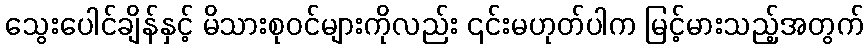
သွေးပေါင်ချိန်နှင့် မိသားစုဝင်များကိုလည်း ၎င်းမဟုတ်ပါက မြင့်မားသည့်အတွက်